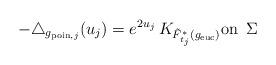
LaTeX: \begin{align*} -\triangle_{g_{\textnormal{poin},j}}(u_{j}) = e^{2 u_{j}} \, K_{\tilde F_{t_{j}}^*(g_{\textnormal{euc}})} \textnormal{on} \,\,\, \Sigma\end{align*}